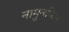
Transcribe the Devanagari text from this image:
नामुनकिन